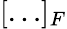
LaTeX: [\ldots]_{F}